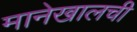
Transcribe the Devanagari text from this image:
मानेखालची